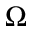
\Omega